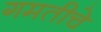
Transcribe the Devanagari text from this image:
गमतीचे